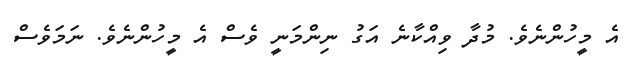
އެ މީހުންނެވެ. މުދާ ވިއްކާނެ އަގު ނިންމަނީ ވެސް އެ މީހުންނެވެ. ނަމަވެސް